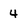
Character: 4